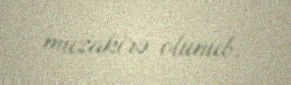
müzakirə olunub.